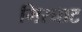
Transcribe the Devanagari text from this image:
गिरघाट